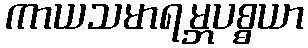
ကာယသမာရမ္ဘပစ္စယာ